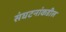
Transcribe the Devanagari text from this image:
संघटनांकडील